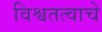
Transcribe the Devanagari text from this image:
विश्वतत्वाचे